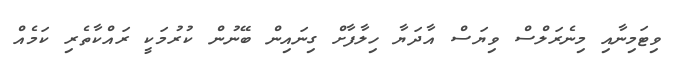
ވިޓަމިނާއި މިނެރަލްސް ވިޔަސް އާދަޔާ ހިލާފާށް ގިނައިން ބޭނުން ކުރުމަކީ ރައްކާތެރި ކަމެއް